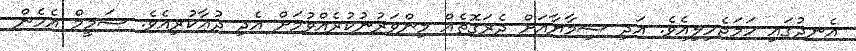
އެނދުގައި ހަމަޖެހިލިއެވެ. އަދި ޝިމާޔާއަށް ދެރަގޮތެއް މިންވަރުނުކުރެއްވުމަށް އެދި ދުޢާކުރިއެވެ. ޝަމީމް އެހެން